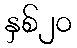
နှစ်၂၀